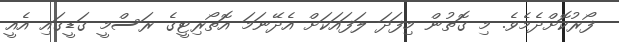
ފޯރުކޮށްދެމެވެ. މި ގޮތުން މިފަދަ ލަފައަކަށް އެދޭނަމަ އޮތޯރިޓީގެ ރަސްމީ ގަޑީގައި އެއީ